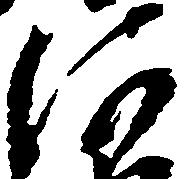
河